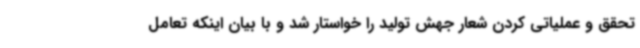
تحقق و عملیاتی کردن شعار جهش تولید را خواستار شد و با بیان اینکه تعامل